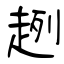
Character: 趔